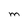
Character: M